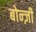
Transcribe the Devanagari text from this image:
बोन्ज़ी